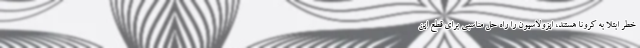
خطر ابتلا به کرونا هستند، ایزولاسیون را راه حل مناسبی برای قطع این